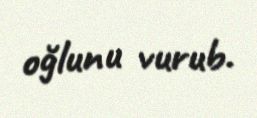
oğlunu vurub.